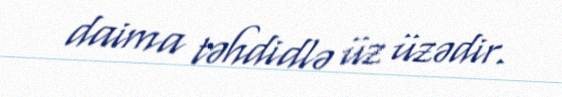
daima təhdidlə üz üzədir.